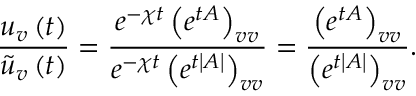
\frac { u _ { v } \left( t \right) } { \tilde { u } _ { v } \left( t \right) } = \frac { e ^ { - \chi t } \left( e ^ { t A } \right) _ { v v } } { e ^ { - \chi t } \left( e ^ { t \left| A \right| } \right) _ { v v } } = \frac { \left( e ^ { t A } \right) _ { v v } } { \left( e ^ { t \left| A \right| } \right) _ { v v } } .